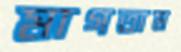
মাগতাম